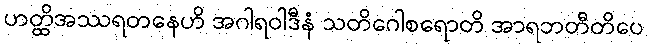
ဟတ္ထိအဿရတနေဟိ အဂါရဝါဒီနံ သတိဂေါစရောတိ အာရဘတီတိပေ